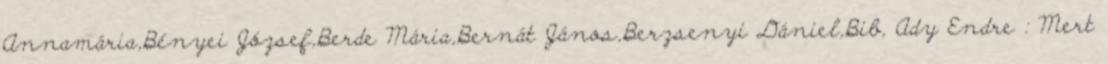
Annamária,Bényei József,Berde Mária,Bernát János,Berzsenyi Dániel,Bib, Ady Endre : Mert